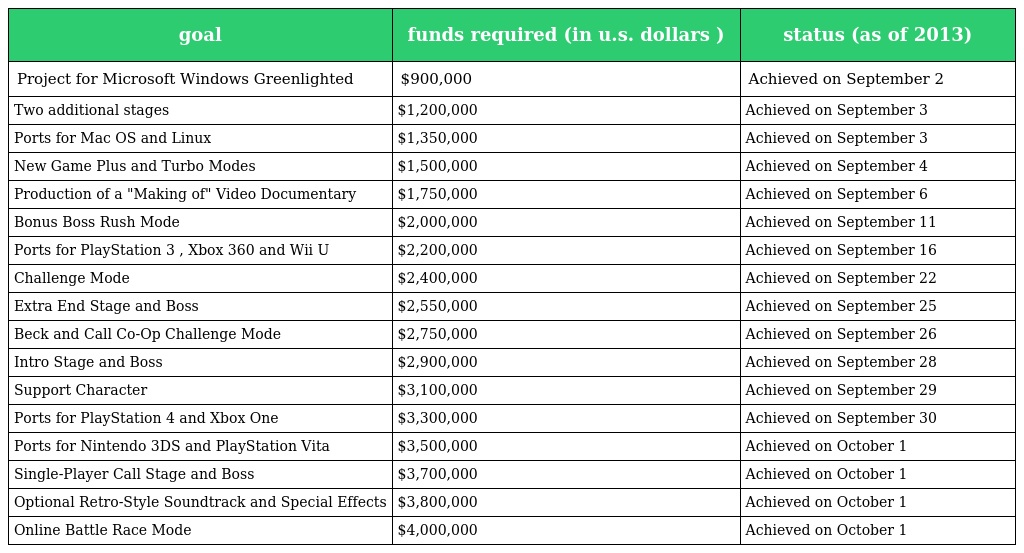
| goal | funds required (in u.s. dollars ) | status (as of 2013) |
 | --- | --- | --- |
 | Project for Microsoft Windows Greenlighted | $900,000 | Achieved on September 2 |
 | Two additional stages | $1,200,000 | Achieved on September 3 |
 | Ports for Mac OS and Linux | $1,350,000 | Achieved on September 3 |
 | New Game Plus and Turbo Modes | $1,500,000 | Achieved on September 4 |
 | Production of a "Making of" Video Documentary | $1,750,000 | Achieved on September 6 |
 | Bonus Boss Rush Mode | $2,000,000 | Achieved on September 11 |
 | Ports for PlayStation 3 , Xbox 360 and Wii U | $2,200,000 | Achieved on September 16 |
 | Challenge Mode | $2,400,000 | Achieved on September 22 |
 | Extra End Stage and Boss | $2,550,000 | Achieved on September 25 |
 | Beck and Call Co-Op Challenge Mode | $2,750,000 | Achieved on September 26 |
 | Intro Stage and Boss | $2,900,000 | Achieved on September 28 |
 | Support Character | $3,100,000 | Achieved on September 29 |
 | Ports for PlayStation 4 and Xbox One | $3,300,000 | Achieved on September 30 |
 | Ports for Nintendo 3DS and PlayStation Vita | $3,500,000 | Achieved on October 1 |
 | Single-Player Call Stage and Boss | $3,700,000 | Achieved on October 1 |
 | Optional Retro-Style Soundtrack and Special Effects | $3,800,000 | Achieved on October 1 |
 | Online Battle Race Mode | $4,000,000 | Achieved on October 1 |